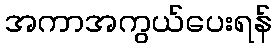
အကာအကွယ်ပေးရန်